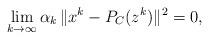
LaTeX: \begin{align*}\lim_{k\to\infty} \alpha_k\,\| x^k-P_C(z^k)\|^2 = 0,\end{align*}